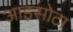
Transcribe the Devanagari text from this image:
आइसोटा